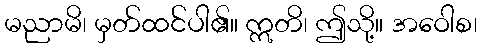
မညာမိ၊ မှတ်ထင်ပါ၏။ ဣတိ၊ ဤသို့။ အဝေါစ၊